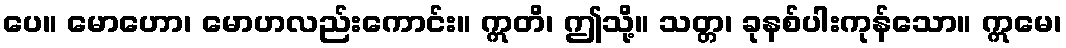
ပေ။ မောဟော၊ မောဟလည်းကောင်း။ ဣတိ၊ ဤသို့။ သတ္တ၊ ခုနစ်ပါးကုန်သော။ ဣမေ၊